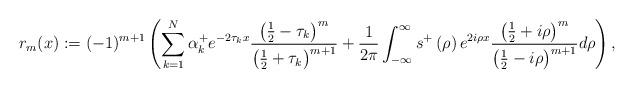
LaTeX: \begin{align*}r_{m}(x):=(-1)^{m+1}\left( \sum_{k=1}^{N}\alpha_{k}^{+}e^{-2\tau_{k}x}\frac{\left( \frac{1}{2}-\tau_{k}\right) ^{m}}{\left( \frac{1}{2}+\tau_{k}\right) ^{m+1}}+\frac{1}{2\pi}\int_{-\infty}^{\infty}s^{+}\left(\rho\right) e^{2i\rho x}\frac{\left( \frac{1}{2}+i\rho\right) ^{m}}{\left(\frac{1}{2}-i\rho\right) ^{m+1}}d\rho\right) , \end{align*}